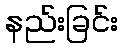
နည်းခြင်း